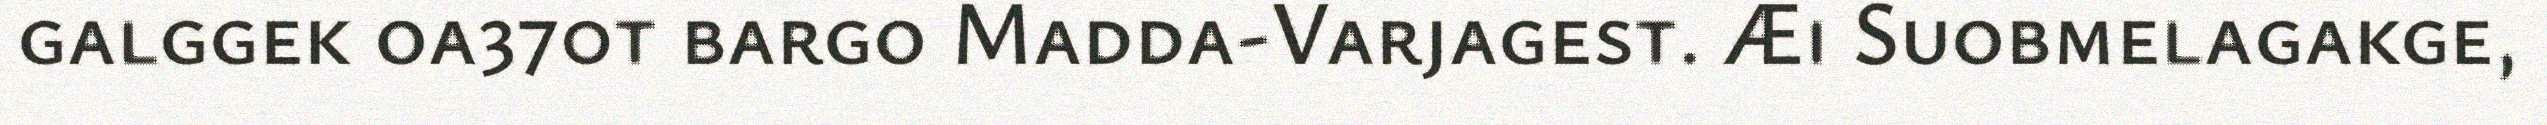
galggek oa370t bargo Madda-Varjagest. Æi Suobmelagakge,